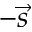
- \vec { s }